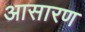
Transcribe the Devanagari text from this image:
आसारण